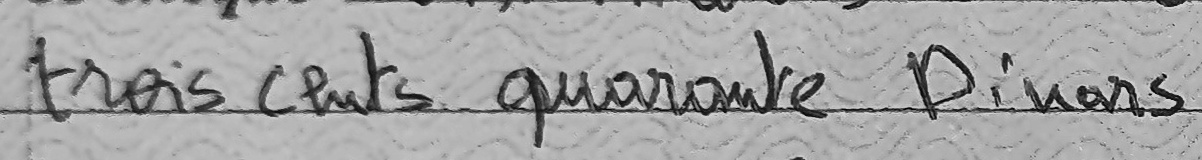
trois cents quarante Dinars